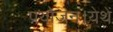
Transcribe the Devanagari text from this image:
प्रयोजन।येथें